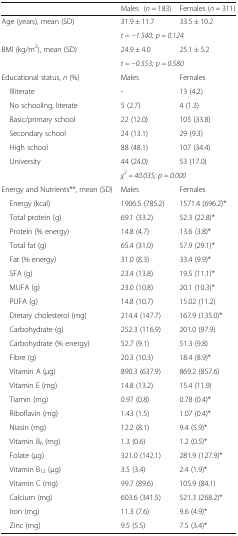
<table><thead><tr><td></td><td><b>Males (<i>n</i> = 183)</b></td><td><b>Females (<i>n</i> = 311)</b></td></tr></thead><tbody><tr><td rowspan="2">Age (years), mean (SD)</td><td>31.9 ± 11.7</td><td>33.5 ± 10.2</td></tr><tr><td colspan="2"><i>t = −1.540; p = 0.124</i></td></tr><tr><td rowspan="2">BMI (kg/m<sup>2</sup>), mean (SD)</td><td>24.9 ± 4.0</td><td>25.1 ± 5.2</td></tr><tr><td colspan="2"><i>t = −0.553; p = 0.580</i></td></tr><tr><td>Educational status, <i>n</i> (%)</td><td>Males</td><td>Females</td></tr><tr><td> Illiterate</td><td>-</td><td>13 (4.2)</td></tr><tr><td> No schooling, literate</td><td>5 (2.7)</td><td>4 (1.3)</td></tr><tr><td> Basic/primary school</td><td>22 (12.0)</td><td>105 (33.8)</td></tr><tr><td> Secondary school</td><td>24 (13.1)</td><td>29 (9.3)</td></tr><tr><td> High school</td><td>88 (48.1)</td><td>107 (34.4)</td></tr><tr><td> University</td><td>44 (24.0)</td><td>53 (17.0)</td></tr><tr><td></td><td colspan="2"><i>χ</i><sup><i>2</i></sup> <i>= 40.035; p = 0.000</i></td></tr><tr><td>Energy and Nutrients**, mean (SD)</td><td>Males</td><td>Females</td></tr><tr><td> Energy (kcal)</td><td>1906.5 (785.2)</td><td>1571.4 (696.2)*</td></tr><tr><td> Total protein (g)</td><td>69.1 (33.2)</td><td>52.3 (22.8)*</td></tr><tr><td> Protein (% energy)</td><td>14.8 (4.7)</td><td>13.6 (3.8)*</td></tr><tr><td> Total fat (g)</td><td>65.4 (31.0)</td><td>57.9 (29.1)*</td></tr><tr><td> Fat (% energy)</td><td>31.0 (8.3)</td><td>33.4 (9.9)*</td></tr><tr><td> SFA (g)</td><td>23.4 (13.8)</td><td>19.5 (11.1)*</td></tr><tr><td> MUFA (g)</td><td>23.0 (10.8)</td><td>20.1 (10.3)*</td></tr><tr><td> PUFA (g)</td><td>14.8 (10.7)</td><td>15.02 (11.2)</td></tr><tr><td> Dietary cholesterol (mg)</td><td>214.4 (147.7)</td><td>167.9 (135.0)*</td></tr><tr><td> Carbohydrate (g)</td><td>252.3 (116.9)</td><td>201.0 (97.9)</td></tr><tr><td> Carbohydrate (% energy)</td><td>52.7 (9.1)</td><td>51.3 (9.8)</td></tr><tr><td> Fibre (g)</td><td>20.3 (10.3)</td><td>18.4 (8.9)*</td></tr><tr><td> Vitamin A (μg)</td><td>890.3 (637.9)</td><td>869.2 (857.6)</td></tr><tr><td> Vitamin E (mg)</td><td>14.8 (13.2)</td><td>15.4 (11.9)</td></tr><tr><td> Tiamin (mg)</td><td>0.97 (0.8)</td><td>0.78 (0.4)*</td></tr><tr><td> Riboflavin (mg)</td><td>1.43 (1.5)</td><td>1.07 (0.4)*</td></tr><tr><td> Niasin (mg)</td><td>12.2 (8.1)</td><td>9.4 (5.9)*</td></tr><tr><td> Vitamin B<sub>6</sub> (mg)</td><td>1.3 (0.6)</td><td>1.2 (0.5)*</td></tr><tr><td> Folate (μg)</td><td>321.0 (142.1)</td><td>281.9 (127.9)*</td></tr><tr><td> Vitamin B<sub>12</sub> (μg)</td><td>3.5 (3.4)</td><td>2.4 (1.9)*</td></tr><tr><td> Vitamin C (mg)</td><td>99.7 (89.6)</td><td>105.9 (84.1)</td></tr><tr><td> Calcium (mg)</td><td>603.6 (341.5)</td><td>521.3 (268.2)*</td></tr><tr><td> Iron (mg)</td><td>11.3 (7.6)</td><td>9.6 (4.9)*</td></tr><tr><td> Zinc (mg)</td><td>9.5 (5.5)</td><td>7.5 (3.4)*</td></tr></tbody></table>